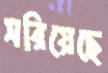
সরিয়েছে